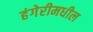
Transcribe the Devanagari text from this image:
हंगेरीमधील